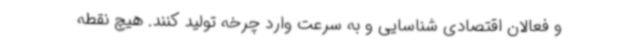
و فعالان اقتصادی شناسایی و به سرعت وارد چرخه تولید کنند. هیچ نقطه